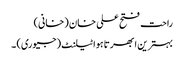
راحت فتح علی خان (خانی)
بہترین ابھرتا ہوا ٹیلنٹ (جیوری) ۔